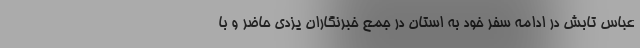
عباس تابش در ادامه سفر خود به استان در جمع خبرنگاران یزدی حاضر و با